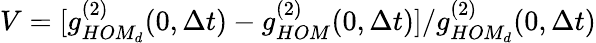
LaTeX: V=[g_{HOM_{d}}^{(2)}(0,\Delta t)-g_{HOM}^{(2)}(0,\Delta t)]/g_{HOM_{d}}^{(2)}(0,\Delta t)